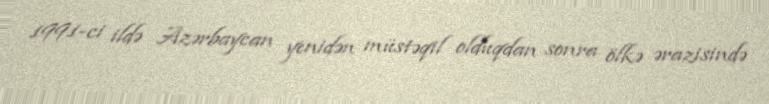
1991-ci ildə Azərbaycan yenidən müstəqil olduqdan sonra ölkə ərazisində